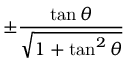
\pm { \frac { \tan \theta } { \sqrt { 1 + \tan ^ { 2 } \theta } } }